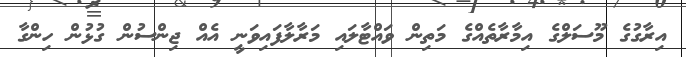
އިރާގުގެ މޫސަލްގެ އިމާރާތެއްގެ މަތިން ވައްޓާލައި މަރާލާފައިވަނީ އެއް ޖިންސުން ގުޅުން ހިންގާ